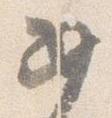
如